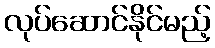
လုပ်ဆောင်နိုင်မည့်